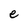
Character: e